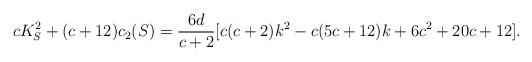
LaTeX: \begin{align*}cK_S^2+(c+12)c_2(S)=\frac{6d}{c+2}[c(c+2)k^2-c(5c+12)k+6c^2+20c+12].\end{align*}